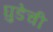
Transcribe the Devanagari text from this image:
घुडेची